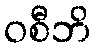
ဝစီဘိ